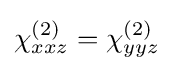
\chi _{xxz}^{(2)}=\chi _{yyz}^{(2)}